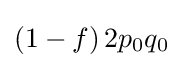
{\textstyle \left(1-f\right)2p_{0}q_{0}}